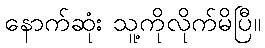
နောက်ဆုံး သူ့ကိုလိုက်မိပြီ။